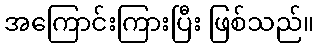
အကြောင်းကြားပြီး ဖြစ်သည်။